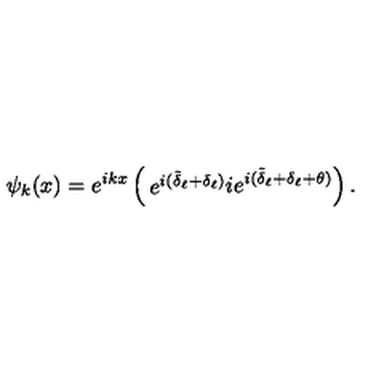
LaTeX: \psi _ { k } ( x ) = e ^ { i k x } \left( \begin{matrix} { e ^ { i ( \tilde { \delta } _ { \ell } + \delta _ { \ell } ) } } \\ { i e ^ { i ( \tilde { \delta } _ { \ell } + \delta _ { \ell } + \theta ) } } \\ \end{matrix} \right) .